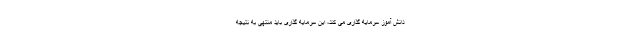
دانش آموز سرمایه گذاری می کند، این سرمایه گذاری باید منتهی به نتیجه